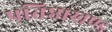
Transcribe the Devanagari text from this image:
प्रतिष्ठाखण्ड